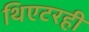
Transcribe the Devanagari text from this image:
थिएटरही